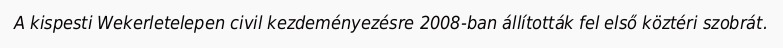
A kispesti Wekerletelepen civil kezdeményezésre 2008-ban állították fel első köztéri szobrát.